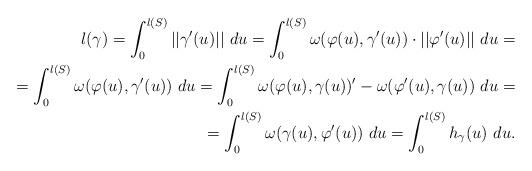
LaTeX: \begin{align*} l(\gamma) = \int_0^{l(S)}||\gamma'(u)|| \ du = \int_{0}^{l(S)}\omega(\varphi(u),\gamma'(u))\cdot||\varphi'(u)|| \ du = \\ = \int_0^{l(S)}\omega(\varphi(u),\gamma'(u)) \ du = \int_0^{l(S)}\omega(\varphi(u),\gamma(u))' - \omega(\varphi'(u),\gamma(u)) \ du = \\ = \int_0^{l(S)}\omega(\gamma(u),\varphi'(u)) \ du = \int_0^{l(S)}h_{\gamma}(u) \ du.\end{align*}